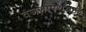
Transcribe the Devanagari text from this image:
वजनापर्यंतही